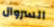
السروال